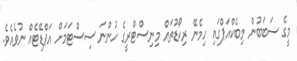
މީގެ ސަބަބުން މިބެކްއަޕްގައި ހިމެނޭ ރިކޯޑުތައް މިނިސްޓްރީގެ ހުންނަ ސިސްޓަމަށް އަޕްޑޭޓެއް ނުވެއެވެ.